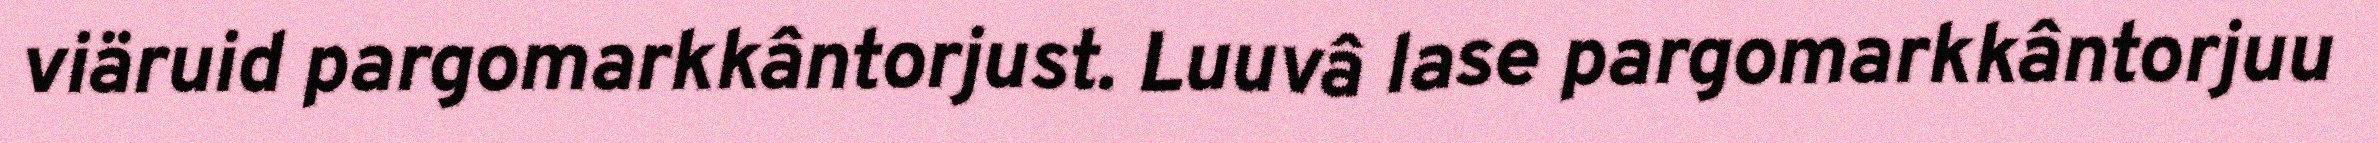
viäruid pargomarkkântorjust. Luuvâ lase pargomarkkântorjuu